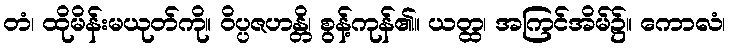
တံ၊ ထိုမိန်းမယုတ်ကို။ ဝိပ္ပဇဟန္တိ၊ စွန့်ကုန်၏။ ယတ္ထ၊ အကြင်အိမ်၌။ ကောလံ၊